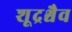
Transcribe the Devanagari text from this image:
शूद्रश्चैव